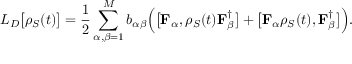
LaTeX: L _ { D } { \big [ } \rho _ { S } ( t ) { \big ] } = { \frac { 1 } { 2 } } \sum _ { \alpha , \beta = 1 } ^ { M } b _ { \alpha \beta } { \Big ( } { \big [ } \mathbf { F } _ { \alpha } , \rho _ { S } ( t ) \mathbf { F } _ { \beta } ^ { \dagger } { \big ] } + { \big [ } \mathbf { F } _ { \alpha } \rho _ { S } ( t ) , \mathbf { F } _ { \beta } ^ { \dagger } { \big ] } { \Big ) } .